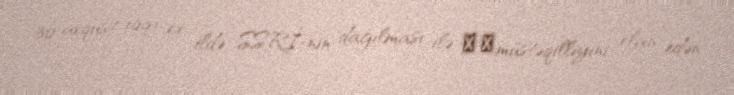
30 avqust 1991-ci ildə SSRİ-nin dağılması ilə ​​müstəqilliyini elan edən